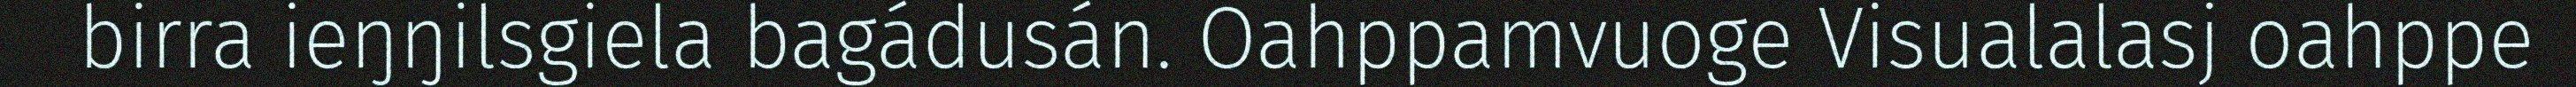
birra ieŋŋilsgiela bagádusán. Oahppamvuoge Visualalasj oahppe